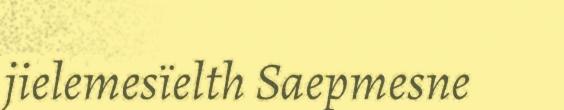
jielemesïelth Saepmesne